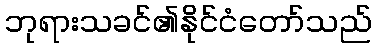
ဘုရားသခင်၏နိုင်ငံတော်သည်